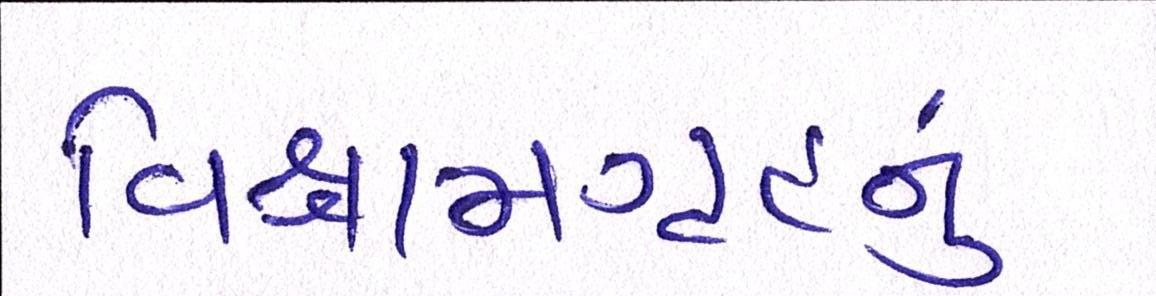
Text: વિશ્રામગૃહનું